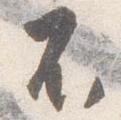
不